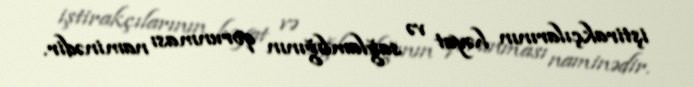
iştirakçılarının həyat və sağlamlığının qorunması naminədir.